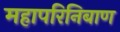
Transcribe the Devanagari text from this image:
महापरिनिबाण